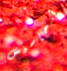
أحاسيس